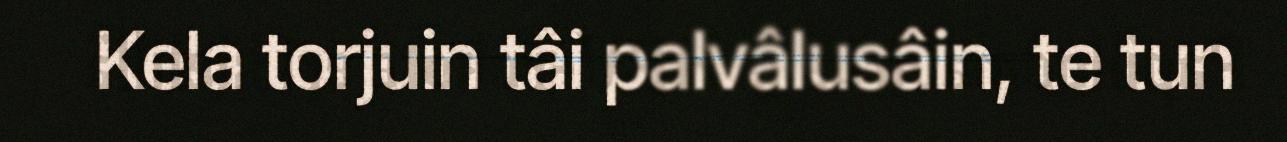
Kela torjuin tâi palvâlusâin, te tun